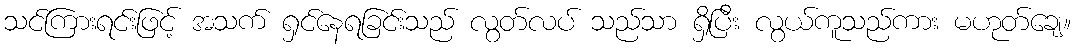
သင်ကြားရင်းဖြင့် အသက် ရှင်နေရခြင်းသည် လွတ်လပ် သည်သာ ရှိပြီး လွယ်ကူသည်ကား မဟုတ်ချေ။